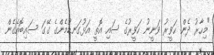
"މިހާރު ދެން ހަވީރު ވަނީނު ހަވީރުގެ ސައި އޮތީ އަޅުގަނޑުމެންގެ ގޭގަ ސައިބޮއެގެން